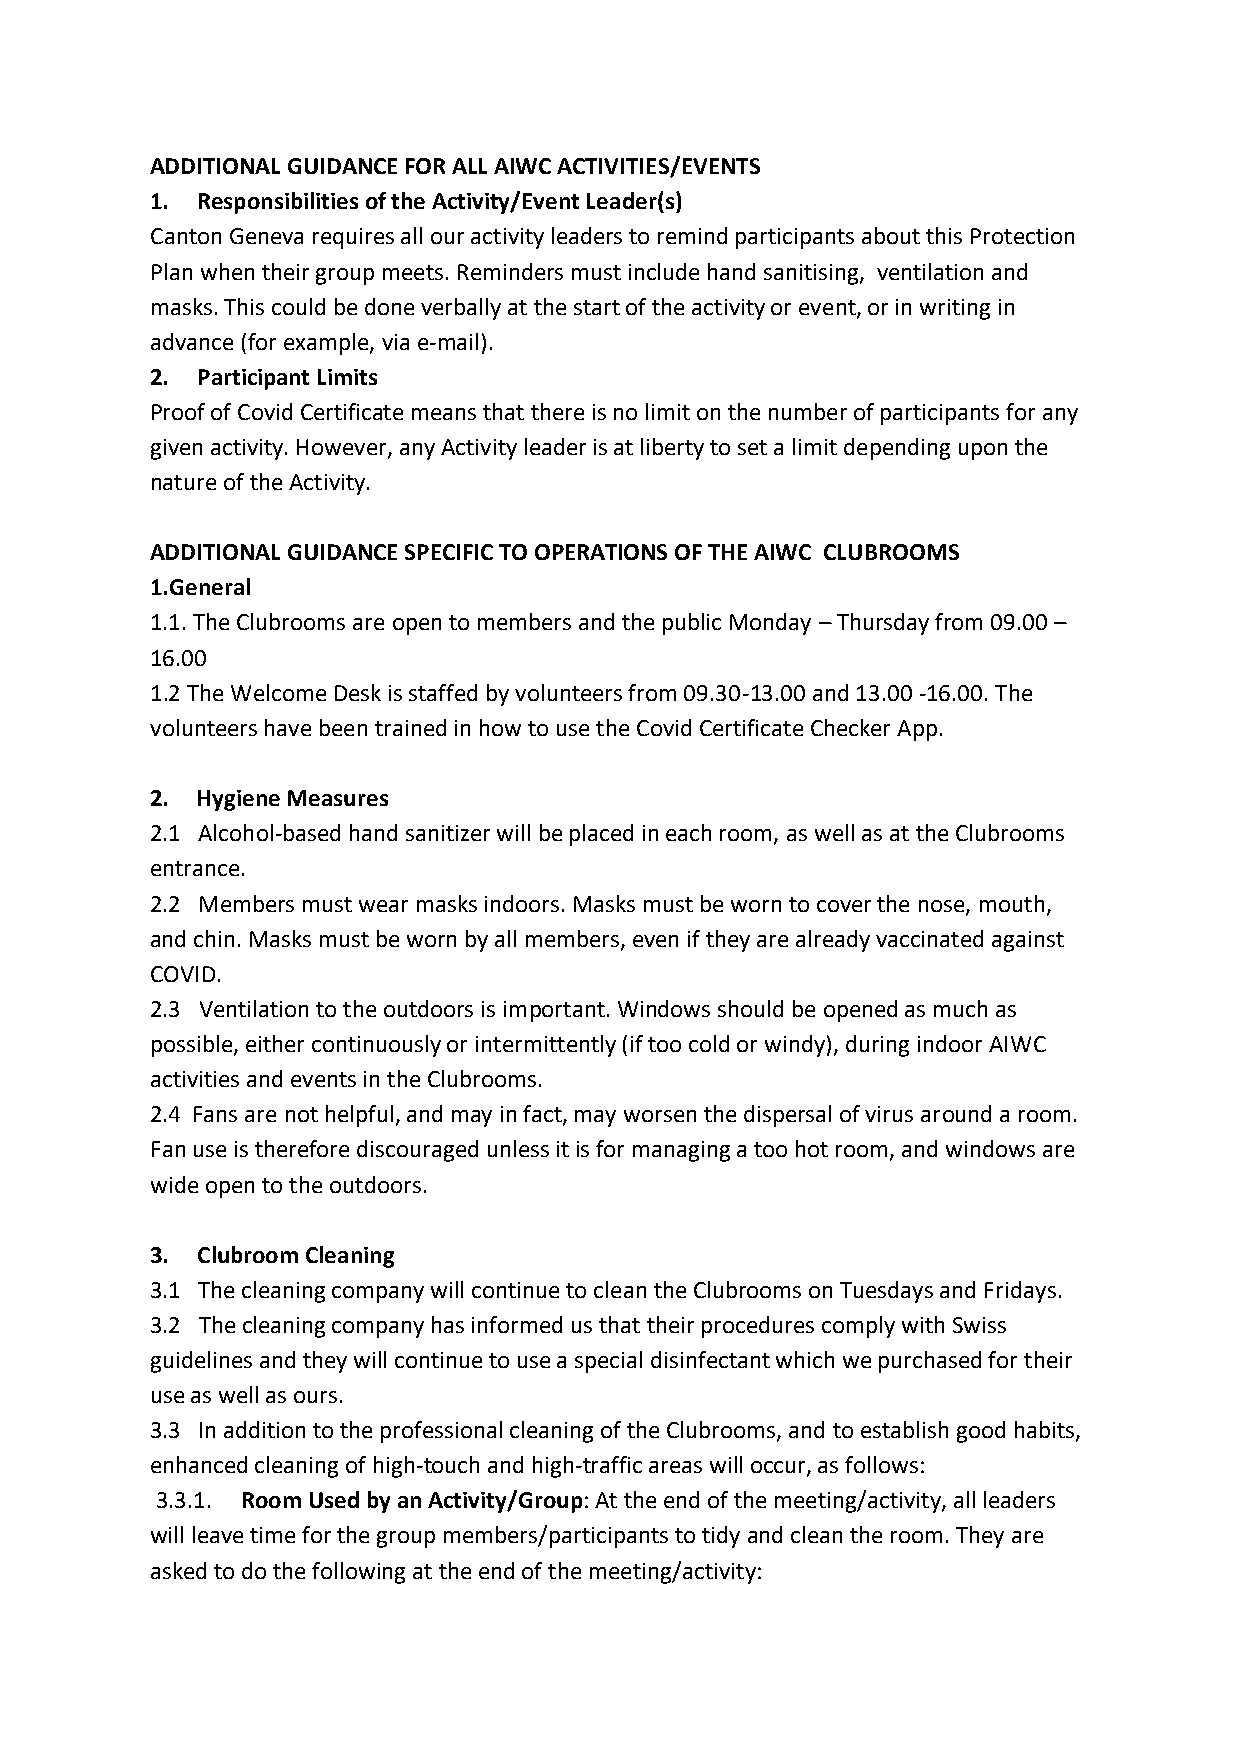
ADDITIONAL GUIDANCE FOR ALL AIWC ACTIVITIES/EVENTS
 1. Responsibilities of the Activity/Event Leader(s)
 Canton Geneva requires all our activity leaders to remind participants about this Protection
 Plan when their group meets. Reminders must include hand sanitising, ventilation and
 masks. This could be done verbally at the start of the activity or event, or in writing in
 advance (for example, via e-mail).
 2. Participant Limits
 Proof of Covid Certificate means that there is no limit on the number of participants for any
 given activity. However, any Activity leader is at liberty to set a limit depending upon the
 nature of the Activity.
 ADDITIONAL GUIDANCE SPECIFIC TO OPERATIONS OF THE AIWC CLUBROOMS
 1.General
 1.1. The Clubrooms are open to members and the public Monday – Thursday from 09.00 –
 16.00
 1.2 The Welcome Desk is staffed by volunteers from 09.30-13.00 and 13.00 -16.00. The
 volunteers have been trained in how to use the Covid Certificate Checker App.
 2. Hygiene Measures
 2.1 Alcohol-based hand sanitizer will be placed in each room, as well as at the Clubrooms
 entrance.
 2.2 Members must wear masks indoors. Masks must be worn to cover the nose, mouth,
 and chin. Masks must be worn by all members, even if they are already vaccinated against
 COVID.
 2.3 Ventilation to the outdoors is important. Windows should be opened as much as
 possible, either continuously or intermittently (if too cold or windy), during indoor AIWC
 activities and events in the Clubrooms.
 2.4 Fans are not helpful, and may in fact, may worsen the dispersal of virus around a room.
 Fan use is therefore discouraged unless it is for managing a too hot room, and windows are
 wide open to the outdoors.
 3. Clubroom Cleaning
 3.1 The cleaning company will continue to clean the Clubrooms on Tuesdays and Fridays.
 3.2 The cleaning company has informed us that their procedures comply with Swiss
 guidelines and they will continue to use a special disinfectant which we purchased for their
 use as well as ours.
 3.3 In addition to the professional cleaning of the Clubrooms, and to establish good habits,
 enhanced cleaning of high-touch and high-traffic areas will occur, as follows:
 3.3.1. Room Used by an Activity/Group: At the end of the meeting/activity, all leaders
 will leave time for the group members/participants to tidy and clean the room. They are
 asked to do the following at the end of the meeting/activity: